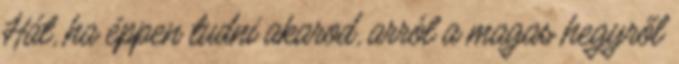
Hát, ha éppen tudni akarod, arról a magas hegyről